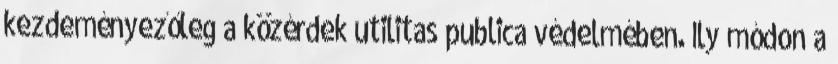
kezdeményezőleg a közérdek utilitas publica védelmében. Ily módon a